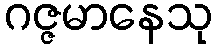
ဂဇ္ဇမာနေသု